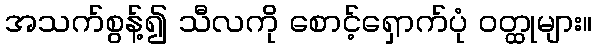
အသက်စွန့်၍ သီလကို စောင့်ရှောက်ပုံ ဝတ္ထုများ။